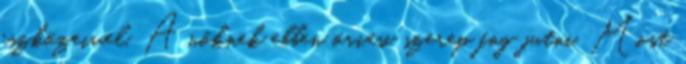
eszközeivel. A nőknek ebben óriási szerep fog jutni. Most